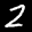
Label: 2